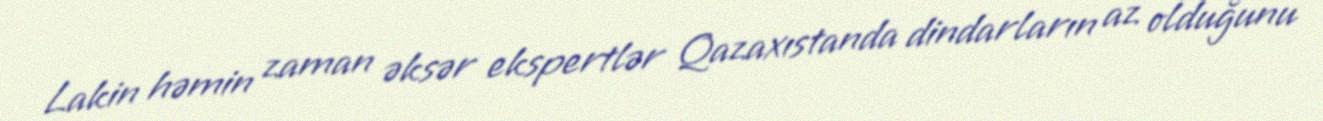
Lakin həmin zaman əksər ekspertlər Qazaxıstanda dindarların az olduğunu